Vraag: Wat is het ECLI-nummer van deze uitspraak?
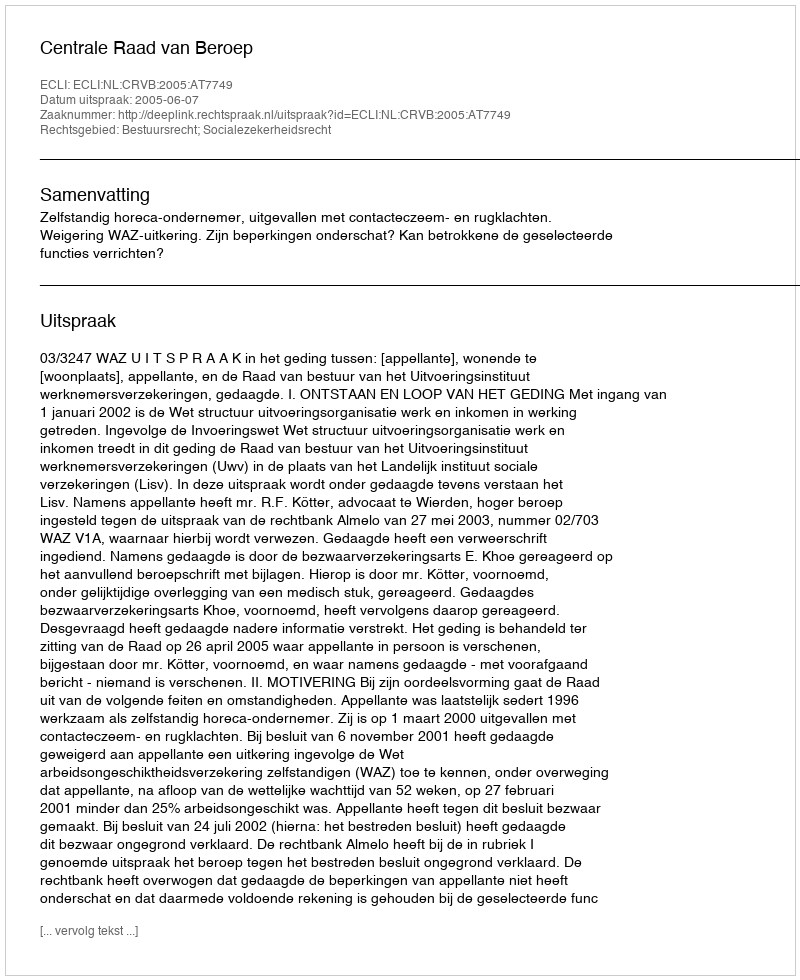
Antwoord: ECLI:NL:CRVB:2005:AT7749